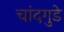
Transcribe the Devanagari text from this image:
चांदगुडे